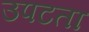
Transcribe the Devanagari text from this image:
उपटता